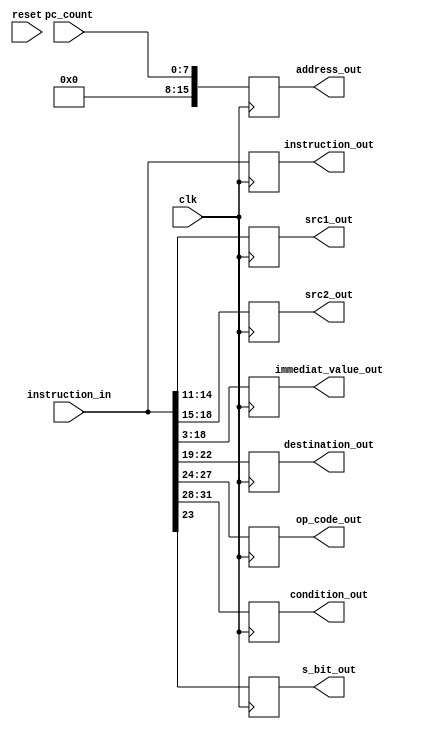

module instruction_memory(clk, reset, pc_count, instruction_in, address_out, instruction_out,
	immediat_value_out,
	destination_out, 
	s_bit_out,
	op_code_out,
	condition_out,
	src1_out,
	src2_out
	);
	input clk, reset;
	input [7:0] pc_count; // the program counter count (pointer position)
	input [31:0] instruction_in;
	output reg [15:0] address_out;
	output reg [31:0] instruction_out;
	output reg [15:0]  immediat_value_out;
	output reg [3:0] destination_out, op_code_out, condition_out;
	output reg s_bit_out;
	
	output reg [3:0] src1_out, src2_out;
	
	initial
	begin
	// $monitor($time, " instructionsss=%b",
		// instruction_in
	// );
	end
	
	always @(posedge clk) begin
		$display("Program counter: %d || Instruction Fetched... %b", pc_count, instruction_in);
		// fetch from memory
		address_out = pc_count;
		
		instruction_out = instruction_in;
		// feed data returned from memory out
		immediat_value_out = instruction_in[18:3];
		destination_out = instruction_in[22:19];
		s_bit_out = instruction_in[23];
		op_code_out = instruction_in[27:24];
		condition_out = instruction_in[31:28];
		
		src1_out = instruction_in[14:11];
		src2_out = instruction_in[18:15];		
		
	end

endmodule